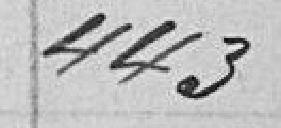
443